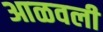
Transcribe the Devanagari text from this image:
आळवली